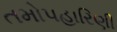
તમોપહારિણી